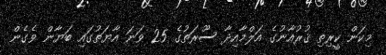
މިކަން ކީރިތި ޤުރުއާނުގެ އަލްމާއިދާ ސޫރަތުގެ 25 ވަނަ އާޔަތުގައި ބަޔާން ވެގެން